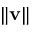
\| \mathbf { v } \|